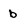
Character: b